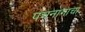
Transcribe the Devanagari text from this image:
पंचनागाचा